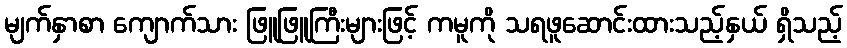
မျက်နှာစာ ကျောက်သား ဖြူဖြူကြီးများဖြင့် ကမူကို သရဖူဆောင်းထားသည့်နှယ် ရှိသည့်